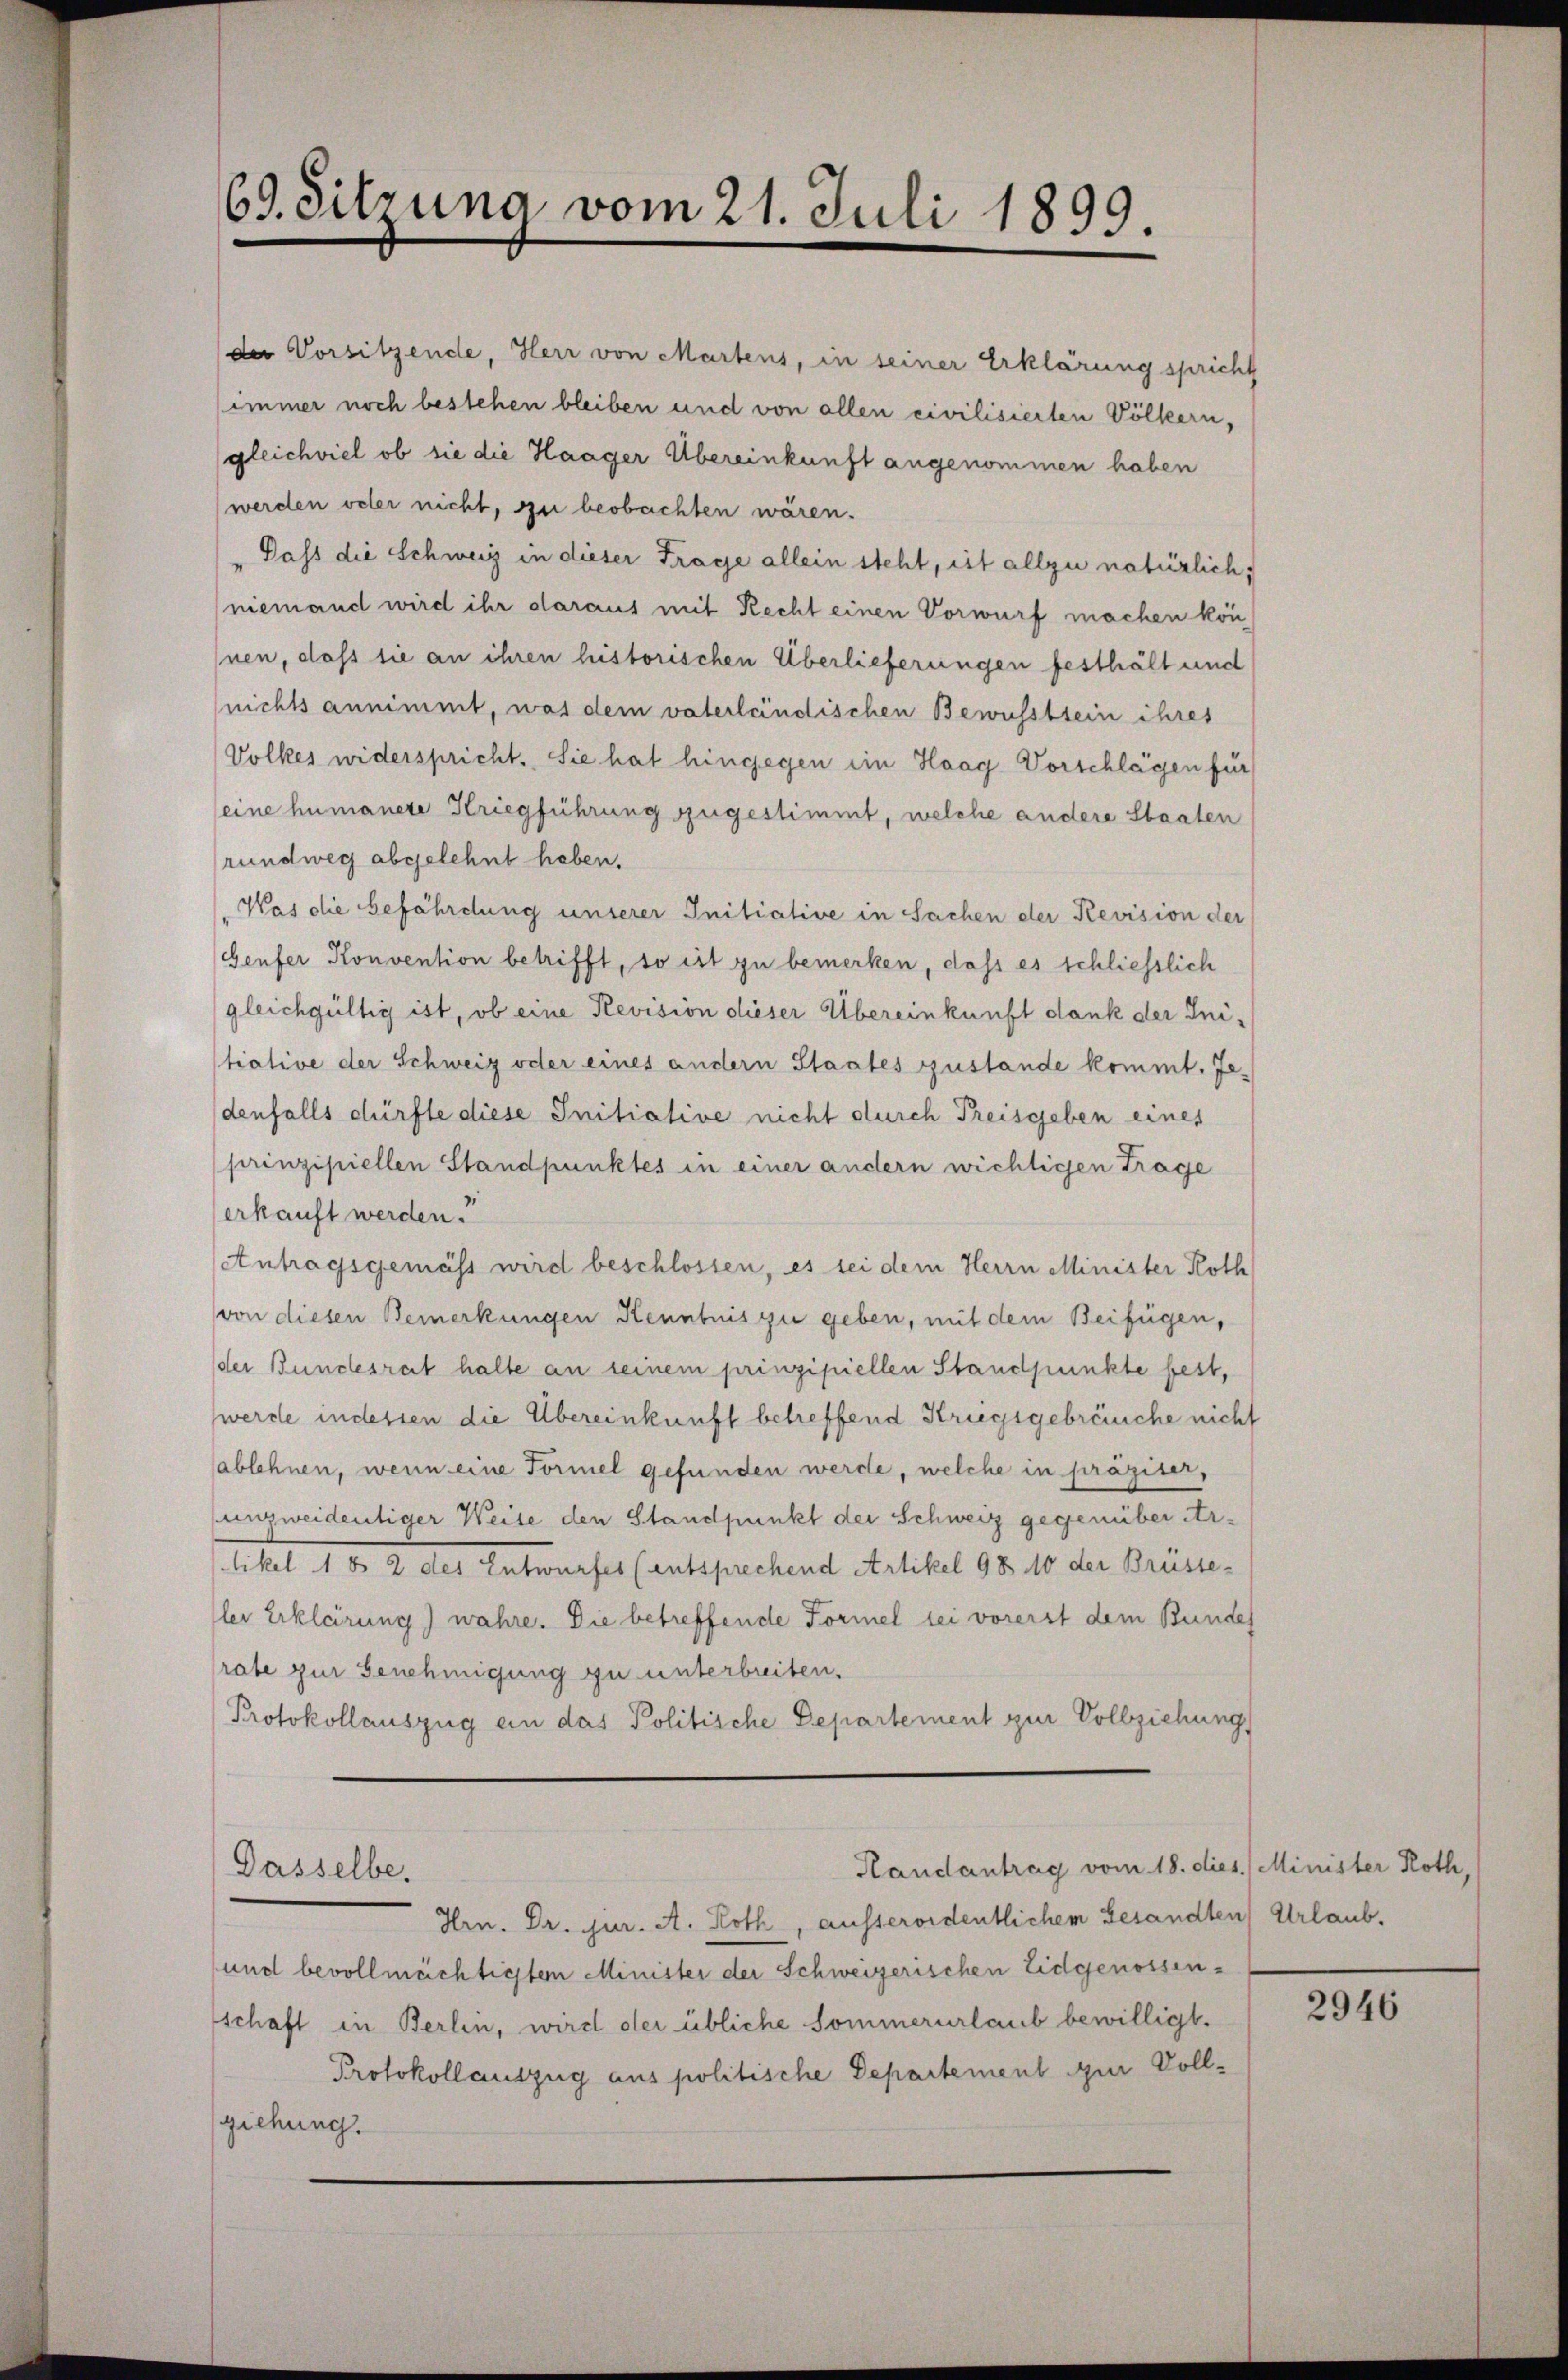
69. Sitzuna vom 21. Juli 1899

der Vorsitzende, Herr von Martens, in seiner Erklärung spricht
immer noch bestehen bleiben und von allen civilisierten Völkern,
gleichviel ob sie die Haager Übereinkunft angenommen haben
werden oder nicht, zu beobachten wären.
Dass die Schweiz in dieser Frage allein steht, ist allzu natürlich,
niemand wird ihr daraus mit Recht einen Vorwurf machen kön
nen, dass sie an ihren historischen Überlieferungen festhält und
(nichts annimmt, was dem vaterländischen Bewusstsein ihres
Volkes widerspricht. Sie hat hingegen ein Haag Vorschlägen für
eine humanete Kriegführung zugestimmt, welche andere Staaten
rundweg abgelehnt haben.
Was die befährdung unserer Initiative in Sachen der Revision der
Genfer Konvention betrifft, so ist zu bemerken, dass es schliesslich
gleichgültig ist, ob eine Revision dieser Übereinkunft dank der Initiative der Schweiz oder eines andern Staates zustande kommt. Jedenfalls dürfte diese Initiative nicht durch Preisgeben eines
prinzipiellen Standpunktes in einer andern wichtigen Trage
erkauft werden.
Antragsgemäss wird beschlossen, es sei dem Herrn Minister Roth
von diesen Bemerkungen Kenntnis zu geben, mit dem Beifügen,
der Bundesrat halte an seinem prinzipiellen Standpunkte fest,
werde indessen die Übereinkunft betreffend Kriegsgebräuche nicht
ablehnen, wenn eine Formel gefunden werde, welche in präziser,
enzweidentiger Weise den Standpunkt der Schweiz gegenüber Artikel 1 § 2 des Entwurfes (entsprechend Artikel 98 10 der Brüste-
lei Erklärung) wahre. Die betreffende Formel sei vorerst dem Bundes
rate zur Genehmigung zu unterbreiten.
Protokollauszug an das Politische Departement zur Vollziehung
Handantrag vom 18. dies. Minister Roth,
Dasselbe.
Hrn. Dr. jur. A. Roth, ausserordentlichem Gesandten Urlaub,
und bevollmächtigtem Minister der Schweizerischen Eidgenossenschaft in Berlin, wird der übliche Sommerurlaub bewilligt.
Protokollauszug aus politische Departement zur Vollziehung.

2946